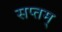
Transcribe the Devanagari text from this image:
सप्तम्‌